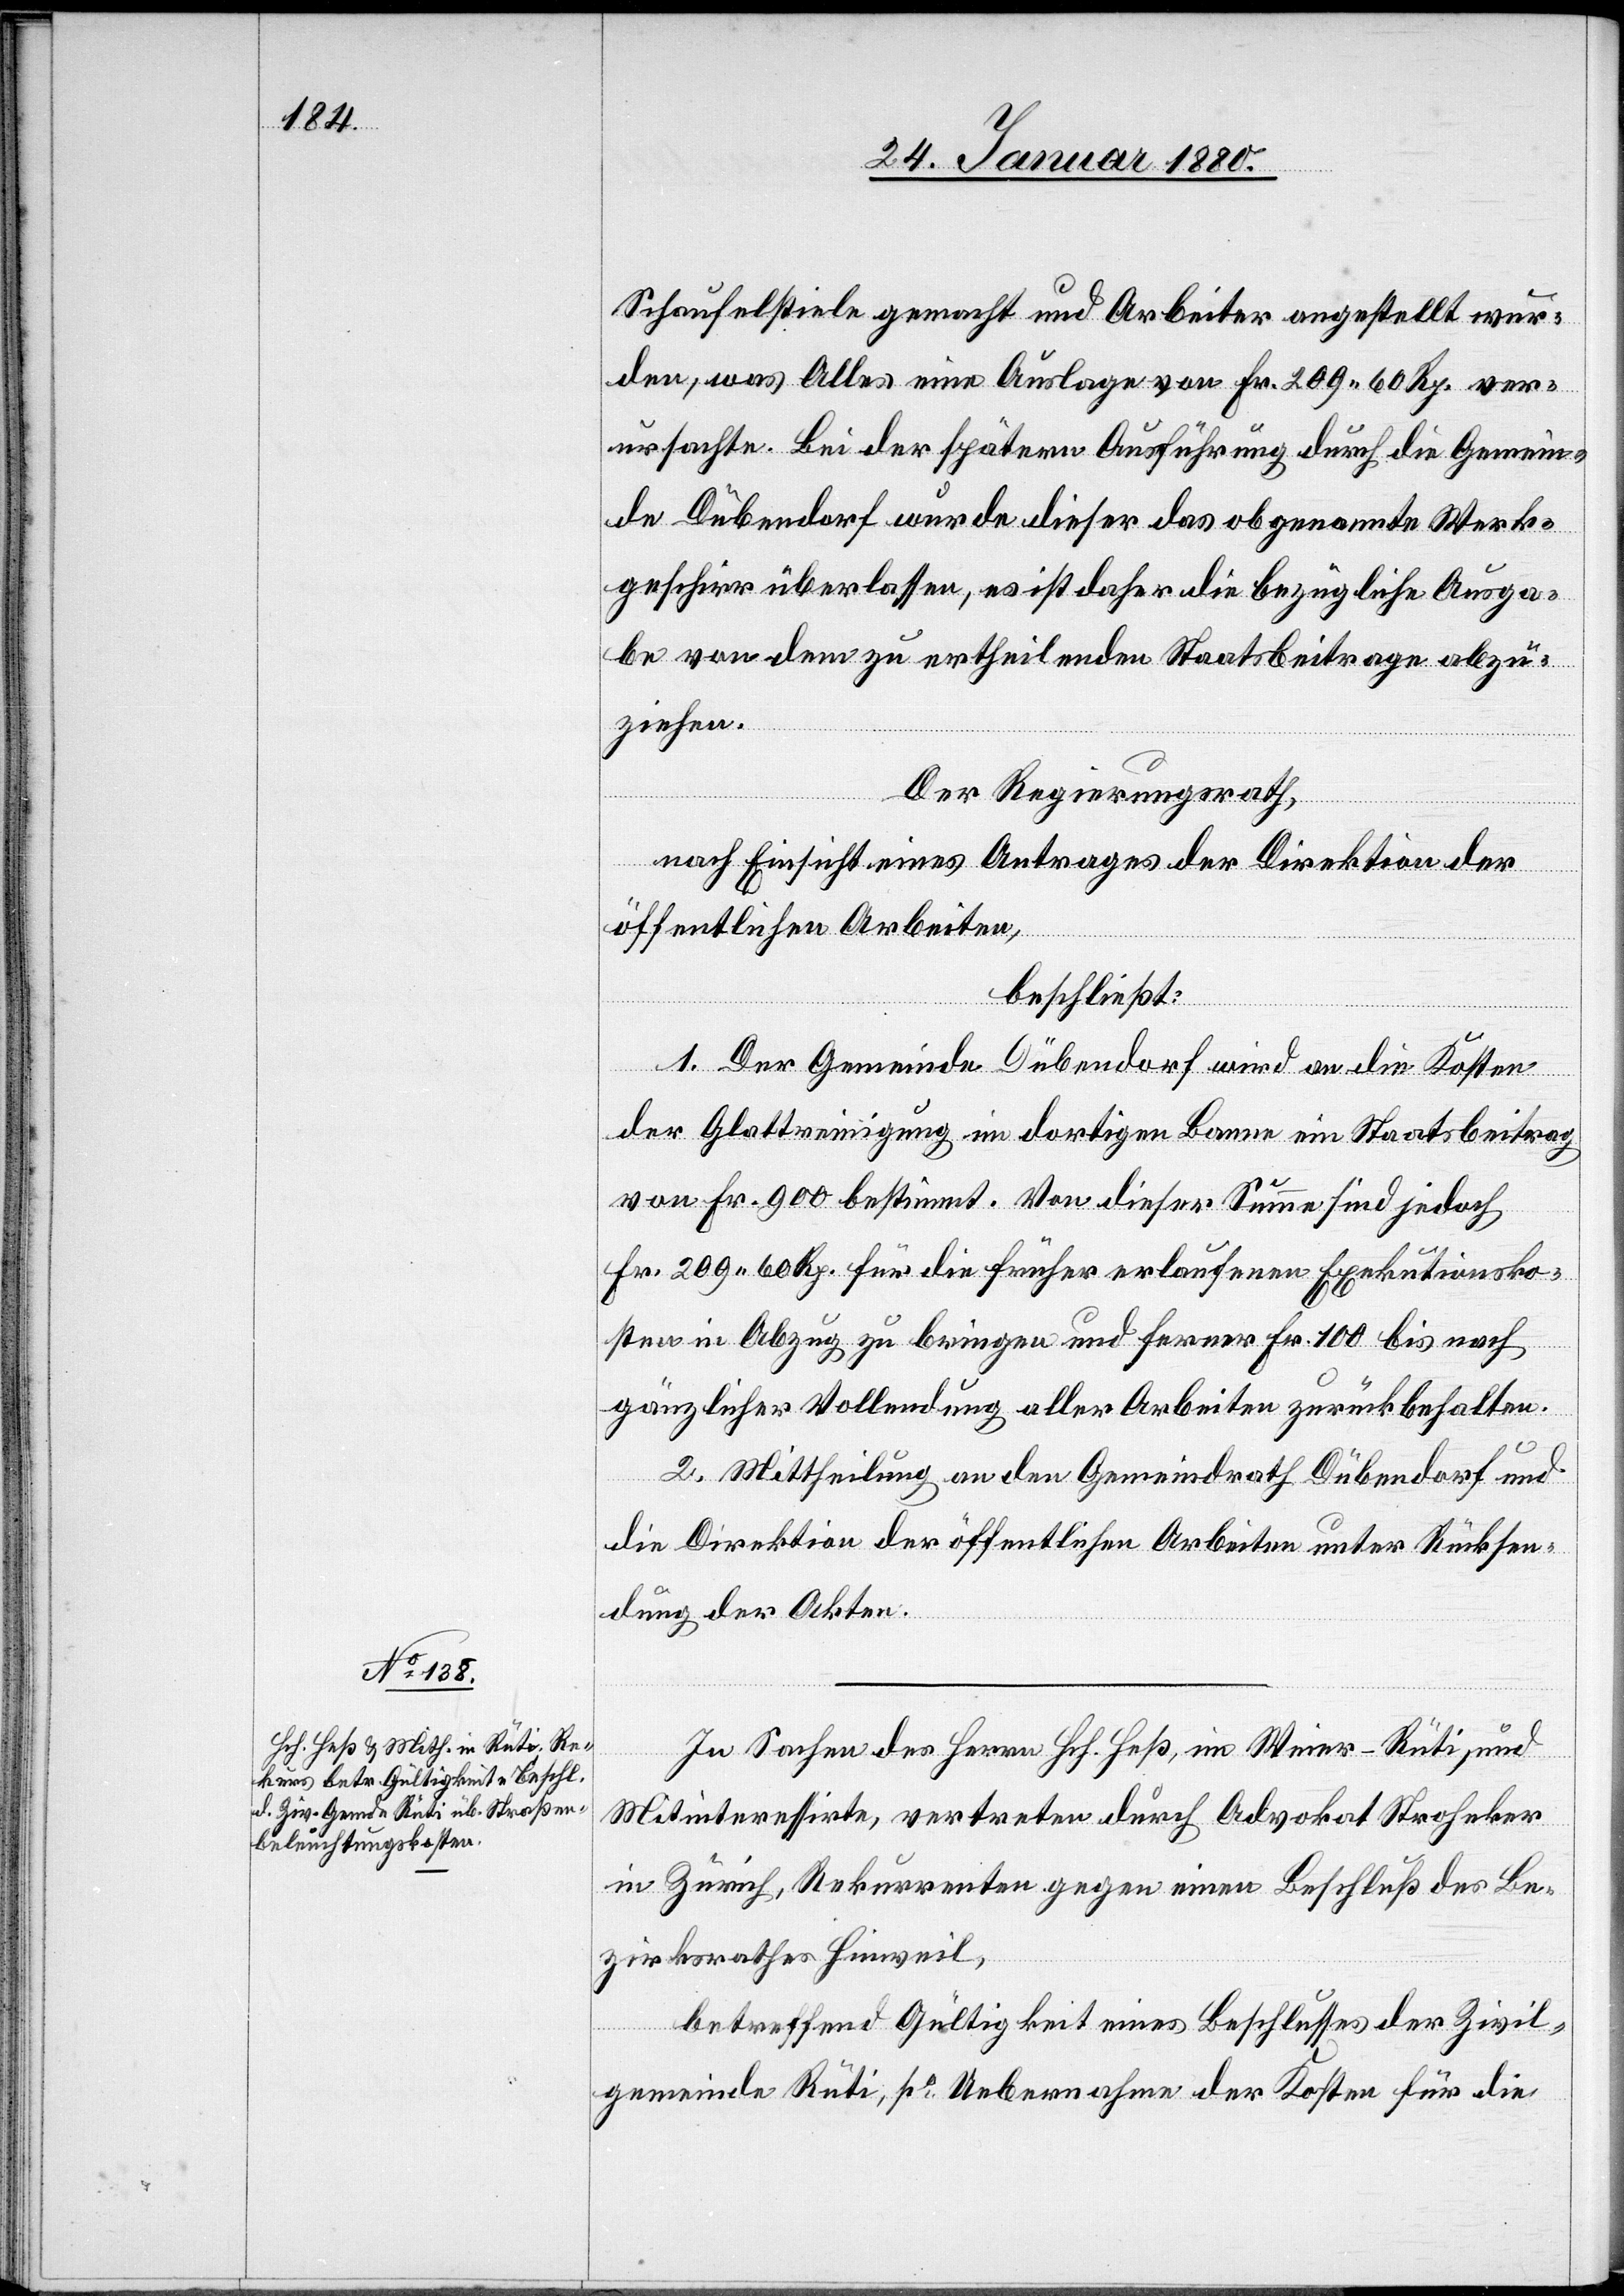
Schaufelstiele gemacht und Arbeiter angestellt wur¬
den, was Alles eine Auslage von Fr. 209. 60 Rp. ver¬
ursachte. Bei der spätern Ausführung durch die Gemein¬
de Dübendorf wurde dieser das obgenannte Werk¬
geschirr überlassen, es ist daher die bezügliche Ausga¬
be von dem zu ertheilenden Staatsbeitrage abzu¬
ziehen.
Der Regierungsrath;
nach Einsicht eines Antrages der Direktion der
öffentlichen Arbeiten,
beschließt:
1. Der Gemeinde Dübendorf wird an die Kosten
der Glattreinigung im dortigen Banne ein Staatsbeitrag
von Fr. 900 bestimmt. Von dieser Summe sind jedoch
Fr. 209. 60 Rp. für die früher erlaufenen Exekutionsko¬
sten in Abzug zu bringen und ferner Fr. 100 bis nach
gänzlicher Vollendung aller Arbeiten zurückbehalten.
2. Mittheilung an dem Gemeindrath Dübendorf und
die Direktion der öffentlichen Arbeiten unter Rücksen¬
dung der Akten.
In Sachen des Herrn Hch. Heß, im Weier - Rüti, und
Mitinteressirte, vertreten durch Advokat Strohecker
in Zürich, Rekurrenten gegen einen Beschluß des Be¬
zirksrathes Hinweil,
betreffend Gültigkeit eines Beschlusses der Zivil¬
gemeinde Rüti, po Uebernahme der Kosten für die